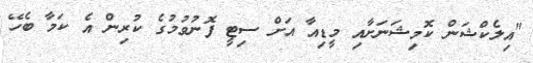
"އިލެކްޝަން ކޮމިޝަނަށާއި މީޑިއާ އަށް ސިޓީ ފޮނުވުމުގެ ކުރިން އެ ކަމާ ބެހޭ